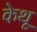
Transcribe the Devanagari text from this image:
केथू